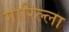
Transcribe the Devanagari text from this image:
गारिल्ला